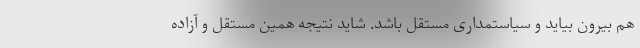
هم بیرون بیاید و سیاستمداری مستقل باشد. شاید نتیجه همین مستقل و آزاده